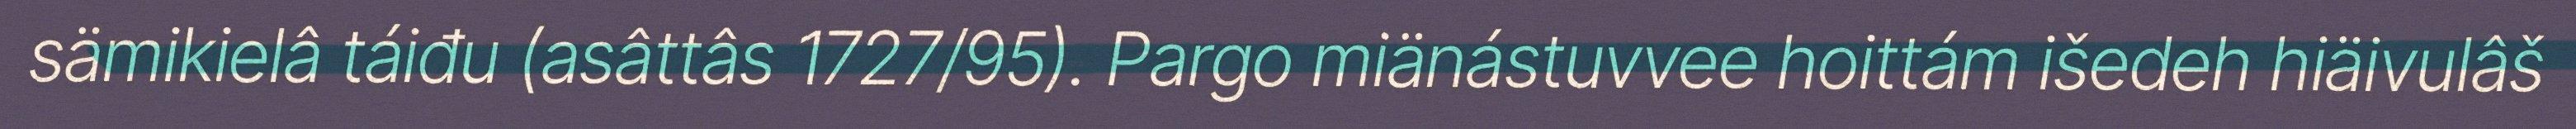
sämikielâ táiđu (asâttâs 1727/95). Pargo miänástuvvee hoittám išedeh hiäivulâš